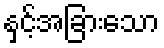
နှင့်အခြားသော